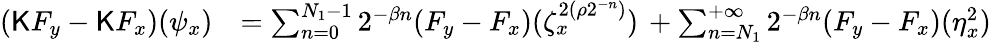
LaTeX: \begin{array}{rl}{(\mathsf{K}F_{y}-\mathsf{K}F_{x})(\psi_{x})}&{=\sum_{n=0}^{N_{1}-1}2^{-\beta n}(F_{y}-F_{x})(\zeta_{x}^{2(\rho 2^{-n})})\, +\sum_{n=N_{1}}^{+\infty}2^{-\beta n}(F_{y}-F_{x})(\eta_{x}^{2})}\end{array}